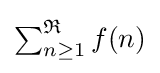
\textstyle \sum _{n\geq 1}^{\mathfrak {R}}f(n)